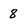
Character: 8